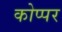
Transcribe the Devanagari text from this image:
कोप्पर